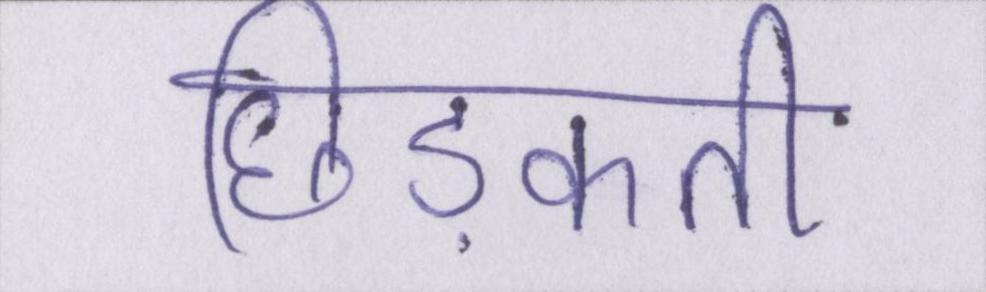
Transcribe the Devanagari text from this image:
छिड़कती